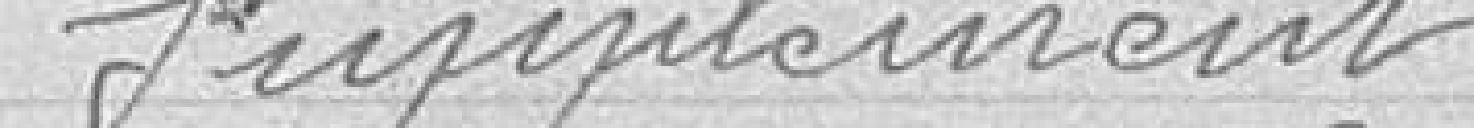
Supplément